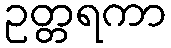
ဥတ္တရကာ